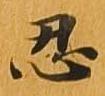
忍